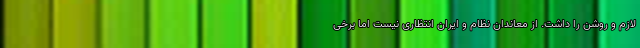
لازم و روشن را داشت. از معاندان نظام و ایران انتظاری نیست اما برخی